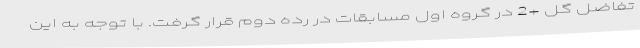
تفاضل گل +2 در گروه اول مسابقات در رده دوم قرار گرفت. با توجه به این